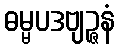
ဓမ္မပဒဗျဉ္ဇနံ